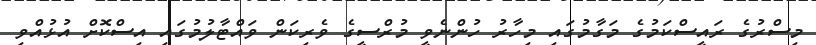
މިސްރުގެ ރައީސްކަމުގެ މަގާމުގައި މިހާރު ހުންނެވީ މުރްސީގެ ވެރިކަން ވައްޓާލުމުގައި އިސްކޮށް އުޅުއްވި